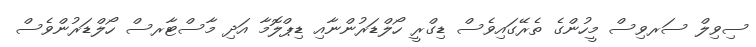
ސިވިލް ސަރވިސް މީހުންގެ ތެރޭގައިވެސް ޑިގްރީ ހޯލްޑަރުންނާއި ޑިޕްލޮމާ އަދި މާސްޓާރސް ހޯލްޑަރުންވެސް